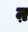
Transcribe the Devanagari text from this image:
ऩ